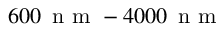
6 0 0 \, \textrm { n m } - 4 0 0 0 \, \textrm { n m }